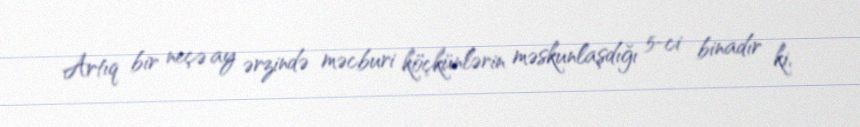
Artıq bir neçə ay ərzində məcburi köçkünlərin məskunlaşdığı 5-ci binadır ki,